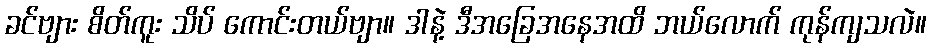
ခင်ဗျား စိတ်ကူး သိပ် ကောင်းတယ်ဗျာ။ ဒါနဲ့ ဒီအခြေအနေအထိ ဘယ်လောက် ကုန်ကျသလဲ။